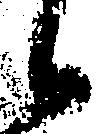
候